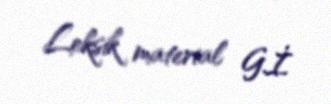
Leksik material G.İ.